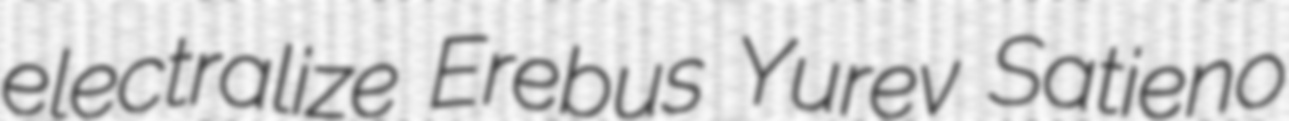
electralize Erebus Yurev Satieno